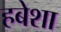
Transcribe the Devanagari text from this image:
हबेशा